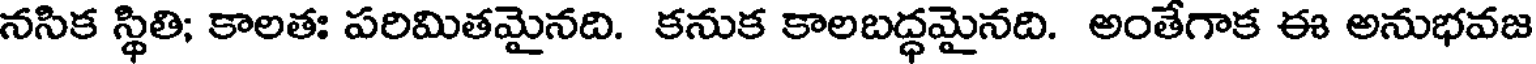
నసిక స్థితి; కాలతః పరిమితమైనది. కనుక కాలబద్ధమైనది. అంతేగాక ఈ అనుభవజ